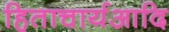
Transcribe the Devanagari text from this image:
हिताचार्यआदि